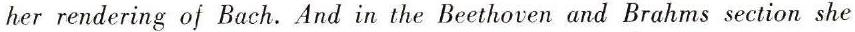
her rendering of Bach. And in the Beethoven and Brahms section she